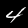
Digit: 4